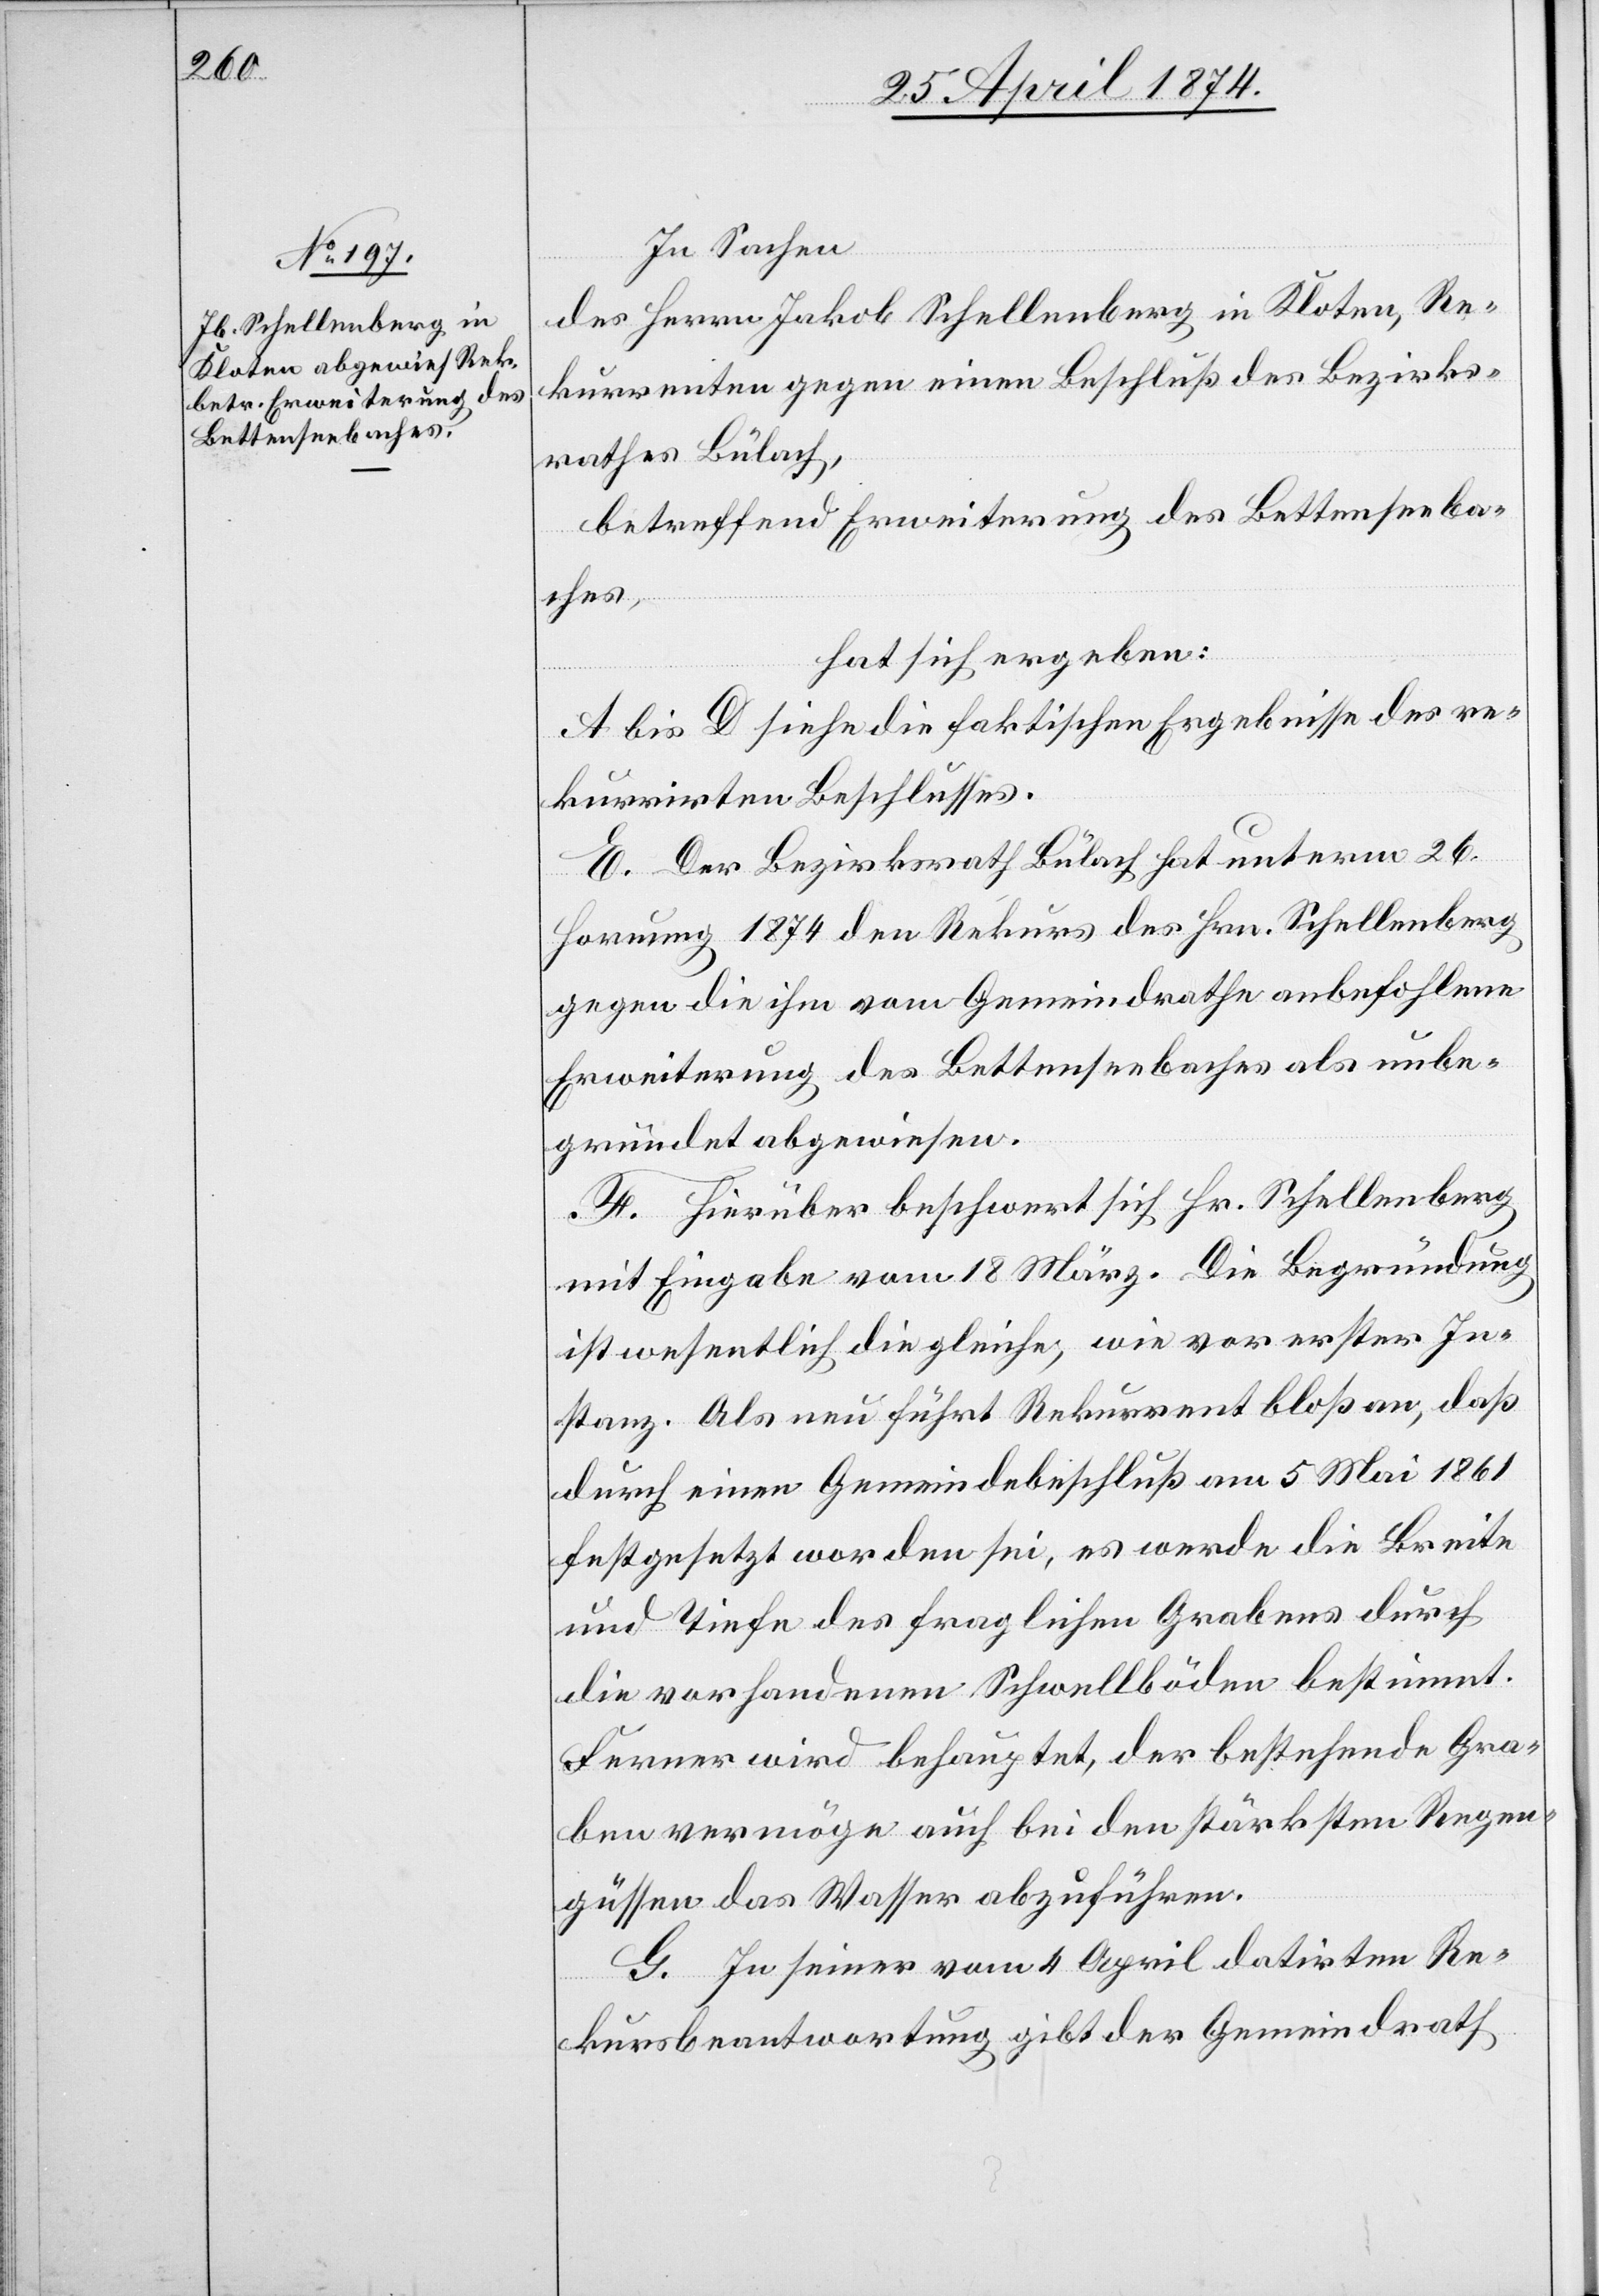
In Sachen
des Herrn Jakob Schellenberg in Kloten, Re¬
kurrenten gegen einen Beschluß des Bezirks¬
rathes Bülach,
betreffend Erweiterung des Bettenseeba¬
ches,
hat sich ergeben:
A bis D siehe die faktischen Ergebnisse des re¬
kurrirten Beschlusses.
E. Der Bezirksrath Bülach hat unterm 26.
Hornung 1874 den Rekurs des Hrn. Schellenberg
gegen die ihm vom Gemeindrathe anbefohlene
Erweiterung des Bettenseebaches als unbe¬
gründet abgewiesen.
F. Hierüber beschwert sich Hr. Schellenberg
mit Eingabe vom 18. März. Die Begründung
ist wesentlich die gleiche, wie vor erster In¬
stanz. Als neu führt Rekurrent bloß an, daß
durch einen Gemeindebeschluß am 5. Mai 1861
festgesetzt worden sei, es werde die Breite
und Tiefe des fraglichen Grabens durch
die vorhandenen Schwellböden bestimmt.
Ferner wird behauptet, der bestehende Gra¬
ben vermöge auch bei den stärksten Regen¬
güssen das Wasser abzuführen.
G. In seiner vom 4. April datirten Re¬
kursbeantwortung gibt der Gemeindrath